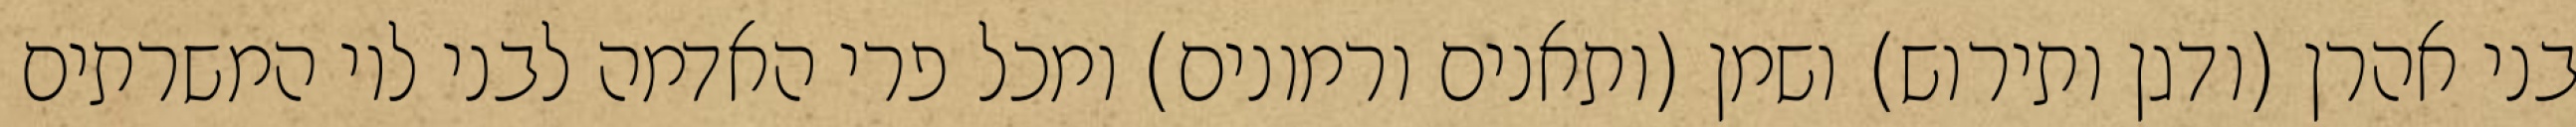
בני אהרן (ודגן ותירוש) ושמן (ותאנים ורמונים) ומכל פרי האדמה לבני לוי המשרתים